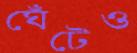
ঘেঁটেও